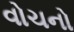
વોચનો